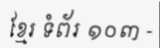
ខ្មែរ ទំព័រ ១០៣ -